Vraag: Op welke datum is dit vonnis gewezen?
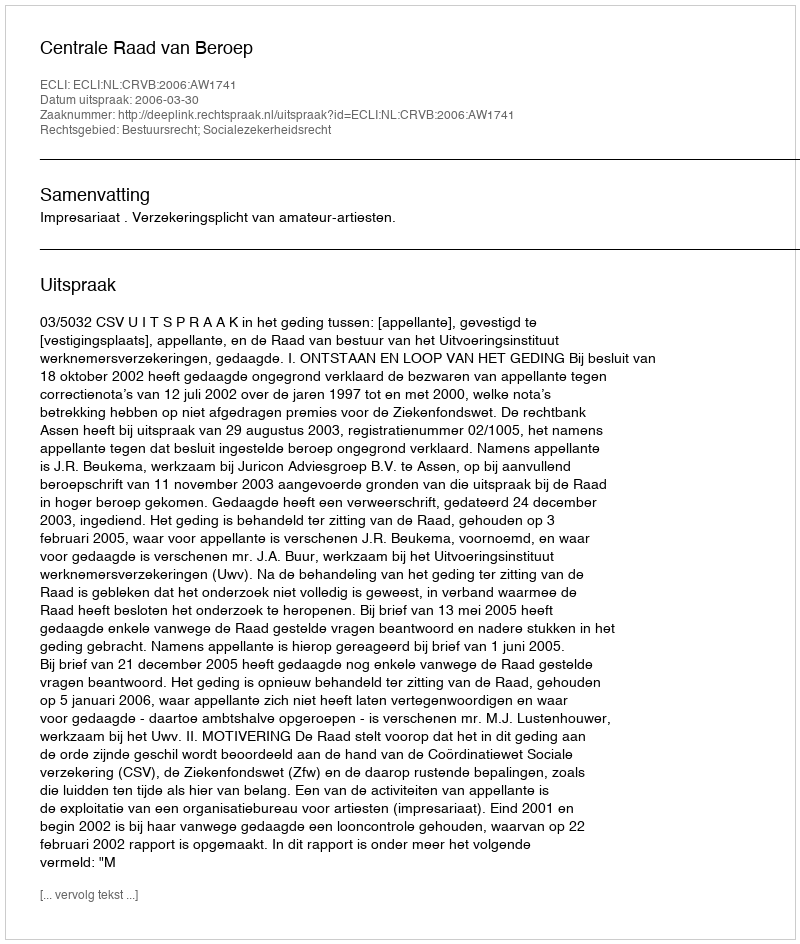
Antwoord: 2006-03-30